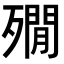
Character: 𣩞